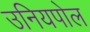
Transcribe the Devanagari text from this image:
उनियपोल